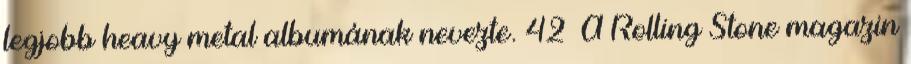
legjobb heavy metal albumának nevezte. 42 A Rolling Stone magazin